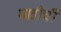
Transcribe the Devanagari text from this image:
मातीचीं